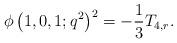
LaTeX: \begin{align*}\phi\left(1,0,1;q^2\right)^2=-\frac{1}{3}T_{4,r}.\end{align*}